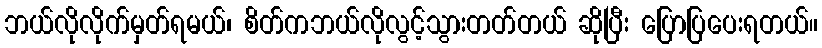
ဘယ်လိုလိုက်မှတ်ရမယ်၊ စိတ်ကဘယ်လိုလွင့်သွားတတ်တယ် ဆိုပြီး ပြောပြပေးရတယ်။